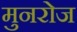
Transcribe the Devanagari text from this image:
मुनरोज